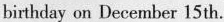
birthday on December 15 th.